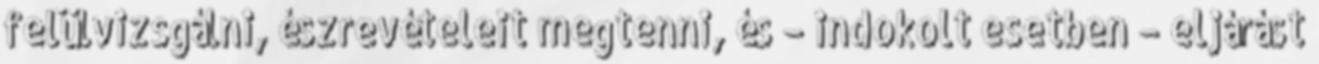
felülvizsgálni, észrevételeit megtenni, és – indokolt esetben – eljárást